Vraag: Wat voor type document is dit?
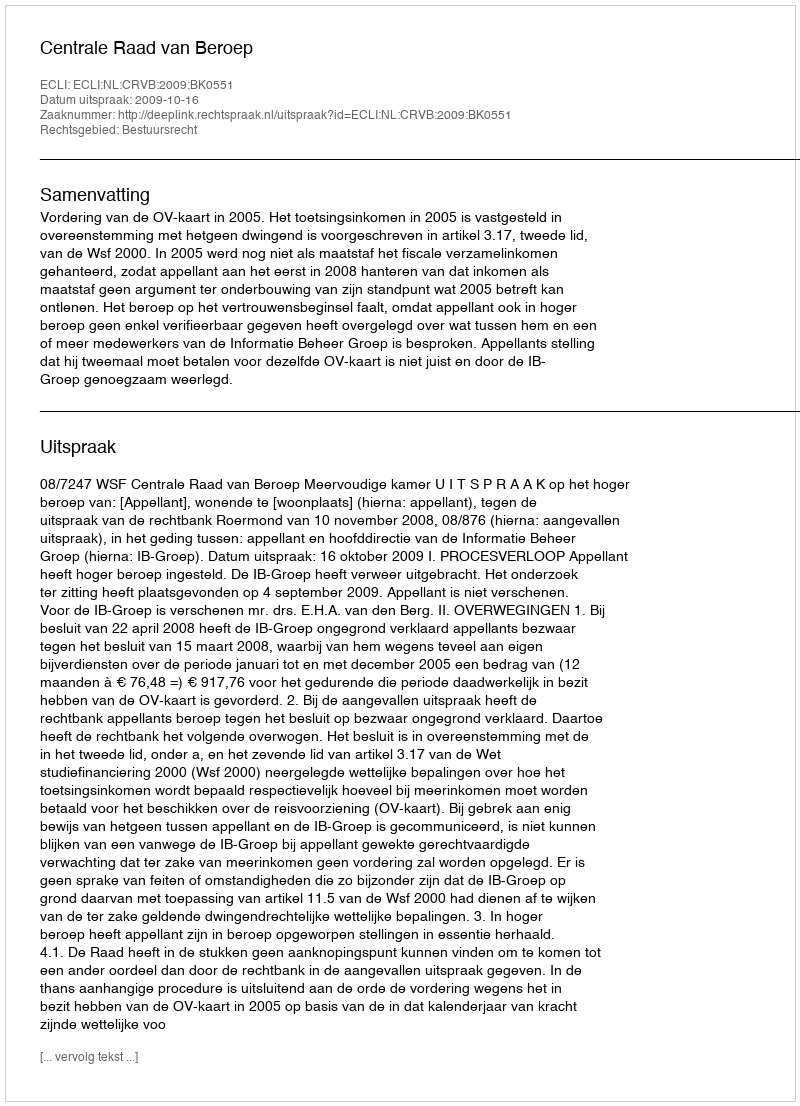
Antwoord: Uitspraak